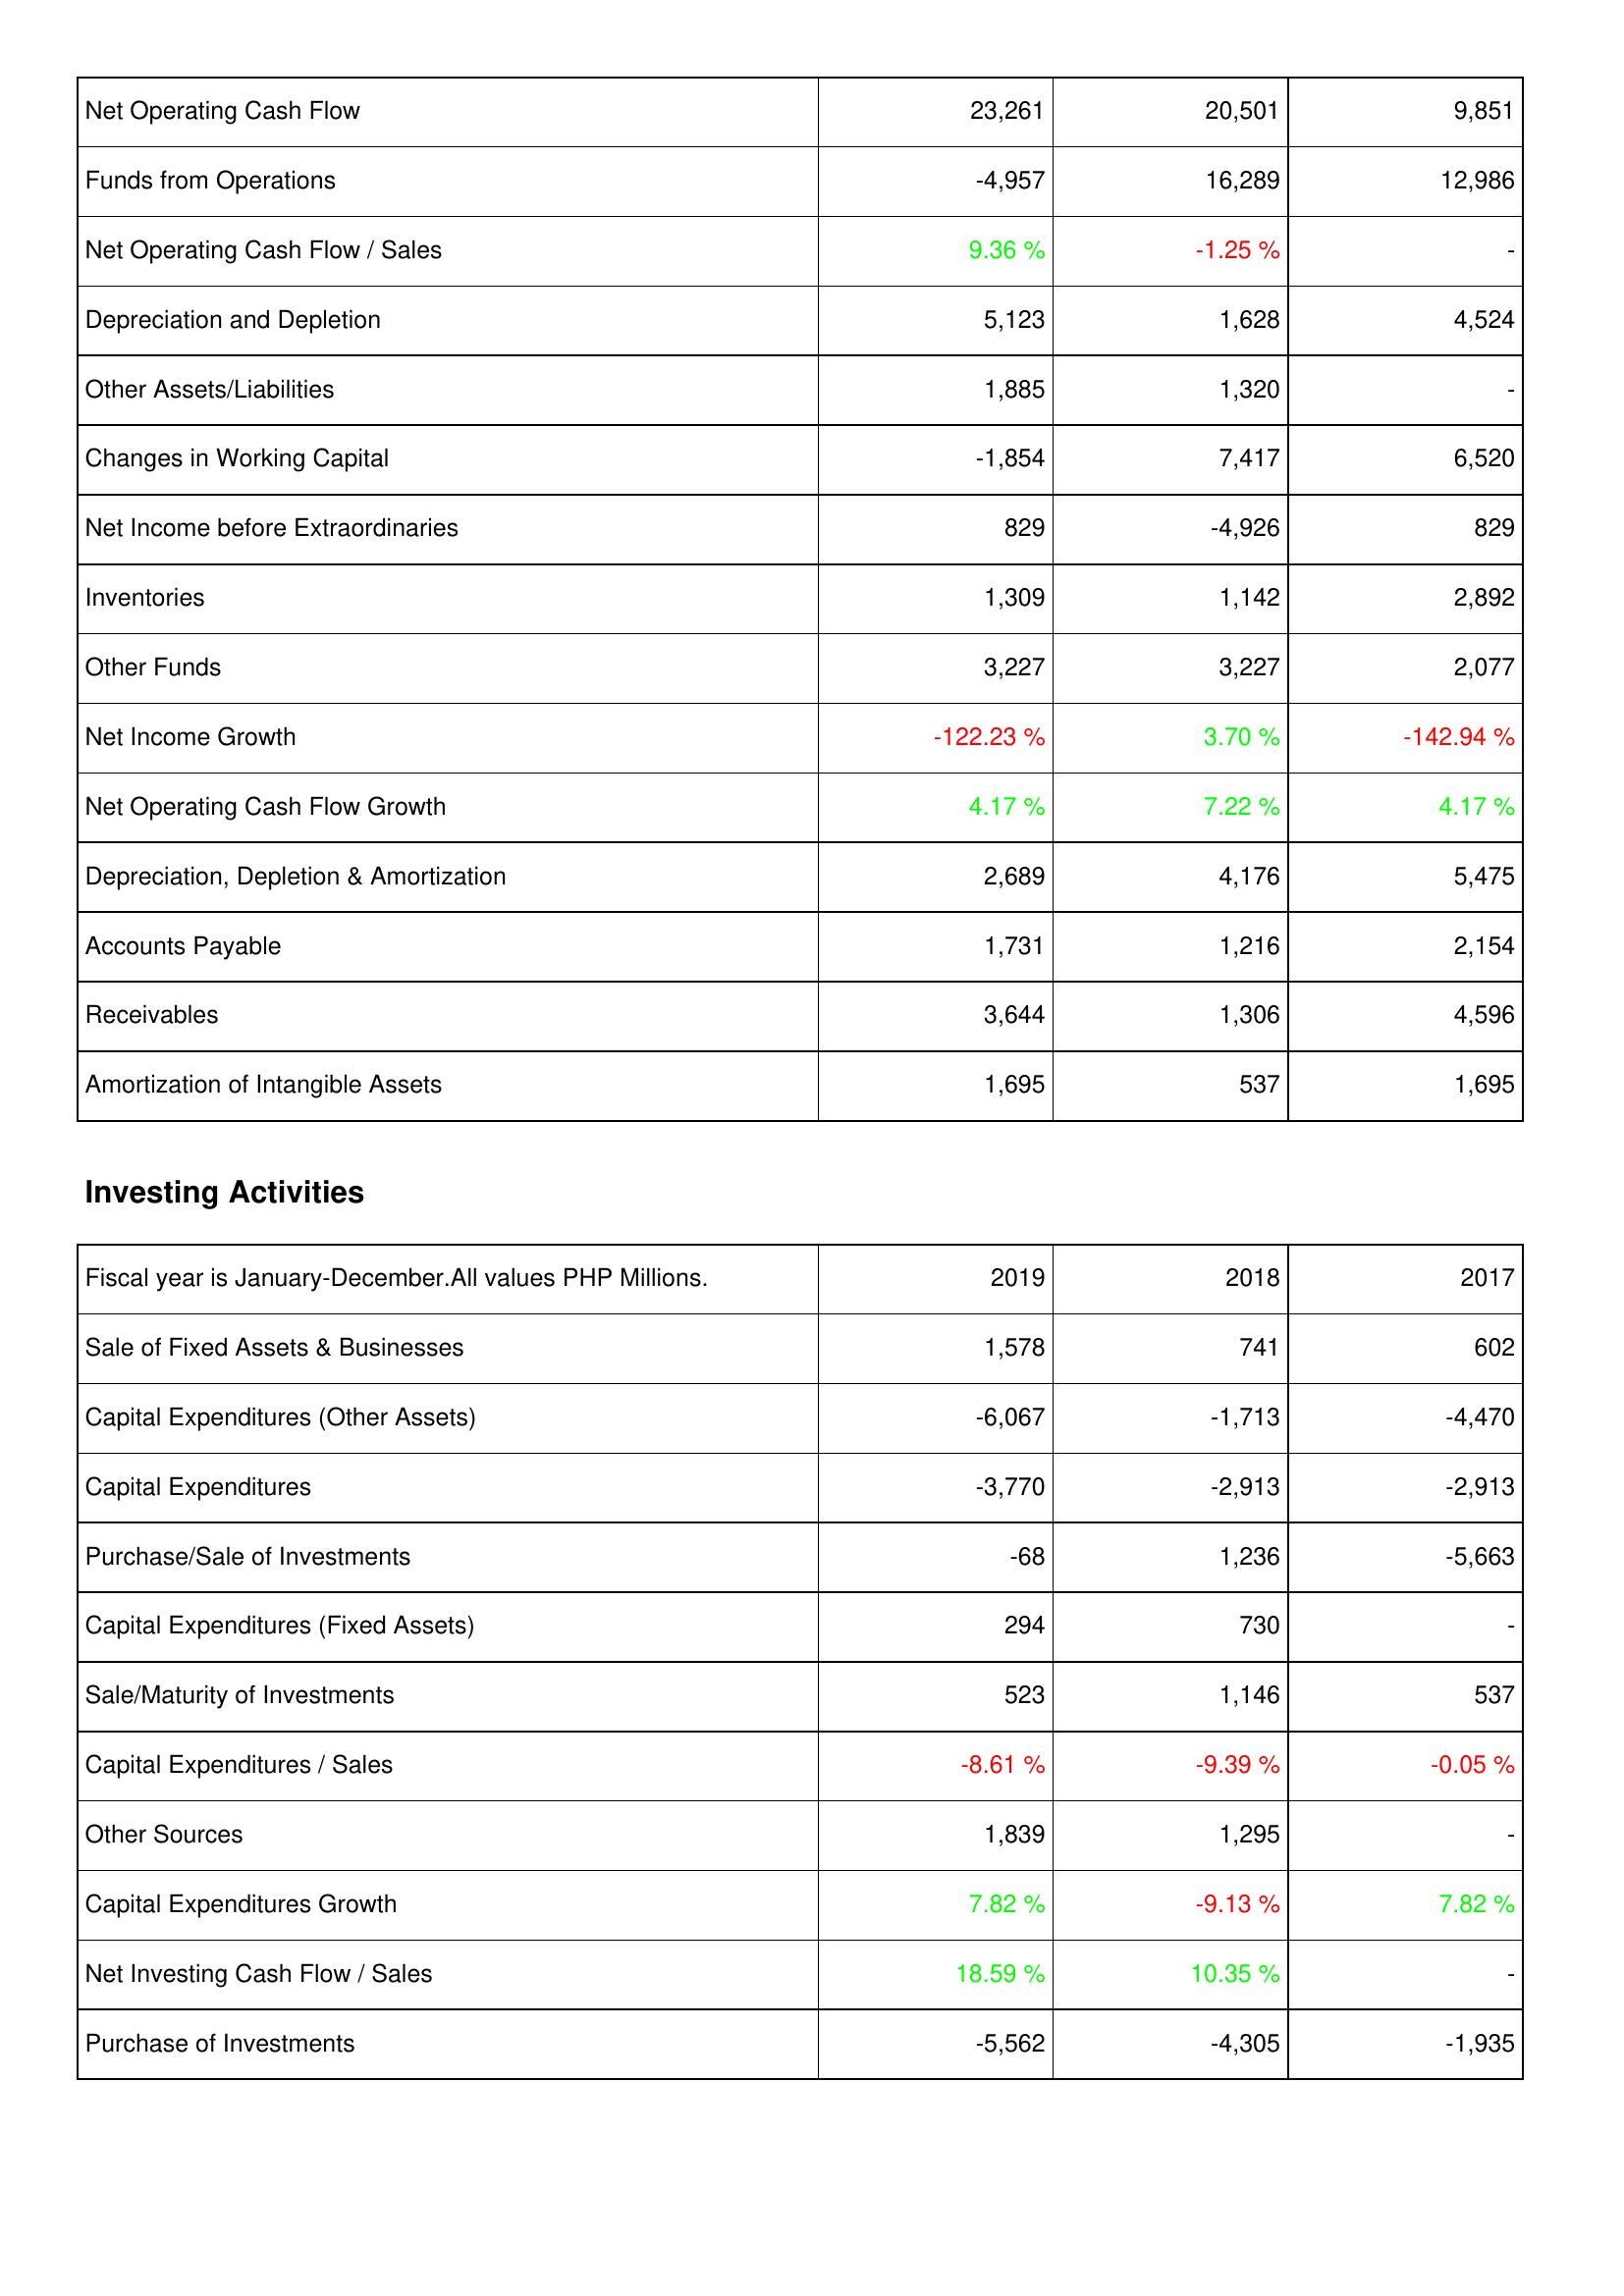
2019: Operating Activities: Net Operating Cash Flow: 23,261
Funds from Operations: -4,957
Net Operating Cash Flow / Sales: 9.36 %
Depreciation and Depletion: 5,123
Other Assets/Liabilities: 1,885
Changes in Working Capital: -1,854
Net Income before Extraordinaries: 829
Inventories: 1,309
Other Funds: 3,227
Net Income Growth: -122.23 %
Net Operating Cash Flow Growth: 4.17 %
Depreciation, Depletion & Amortization: 2,689
Accounts Payable: 1,731
Receivables: 3,644
Amortization of Intangible Assets: 1,695
Investing Activities: Sale of Fixed Assets & Businesses: 1,578
Capital Expenditures (Other Assets): -6,067
Capital Expenditures: -3,770
Purchase/Sale of Investments: -68
Capital Expenditures (Fixed Assets): 294
Sale/Maturity of Investments: 523
Capital Expenditures / Sales: -8.61 %
Other Sources: 1,839
Capital Expenditures Growth: 7.82 %
Net Investing Cash Flow / Sales: 18.59 %
Purchase of Investments: -5,562
2018: Operating Activities: Net Operating Cash Flow: 20,501
Funds from Operations: 16,289
Net Operating Cash Flow / Sales: -1.25 %
Depreciation and Depletion: 1,628
Other Assets/Liabilities: 1,320
Changes in Working Capital: 7,417
Net Income before Extraordinaries: -4,926
Inventories: 1,142
Other Funds: 3,227
Net Income Growth: 3.70 %
Net Operating Cash Flow Growth: 7.22 %
Depreciation, Depletion & Amortization: 4,176
Accounts Payable: 1,216
Receivables: 1,306
Amortization of Intangible Assets: 537
Investing Activities: Sale of Fixed Assets & Businesses: 741
Capital Expenditures (Other Assets): -1,713
Capital Expenditures: -2,913
Purchase/Sale of Investments: 1,236
Capital Expenditures (Fixed Assets): 730
Sale/Maturity of Investments: 1,146
Capital Expenditures / Sales: -9.39 %
Other Sources: 1,295
Capital Expenditures Growth: -9.13 %
Net Investing Cash Flow / Sales: 10.35 %
Purchase of Investments: -4,305
2017: Operating Activities: Net Operating Cash Flow: 9,851
Funds from Operations: 12,986
Net Operating Cash Flow / Sales: -
Depreciation and Depletion: 4,524
Other Assets/Liabilities: -
Changes in Working Capital: 6,520
Net Income before Extraordinaries: 829
Inventories: 2,892
Other Funds: 2,077
Net Income Growth: -142.94 %
Net Operating Cash Flow Growth: 4.17 %
Depreciation, Depletion & Amortization: 5,475
Accounts Payable: 2,154
Receivables: 4,596
Amortization of Intangible Assets: 1,695
Investing Activities: Sale of Fixed Assets & Businesses: 602
Capital Expenditures (Other Assets): -4,470
Capital Expenditures: -2,913
Purchase/Sale of Investments: -5,663
Capital Expenditures (Fixed Assets): -
Sale/Maturity of Investments: 537
Capital Expenditures / Sales: -0.05 %
Other Sources: -
Capital Expenditures Growth: 7.82 %
Net Investing Cash Flow / Sales: -
Purchase of Investments: -1,935